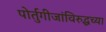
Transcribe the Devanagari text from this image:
पोर्तुगीजांविरुद्धच्या